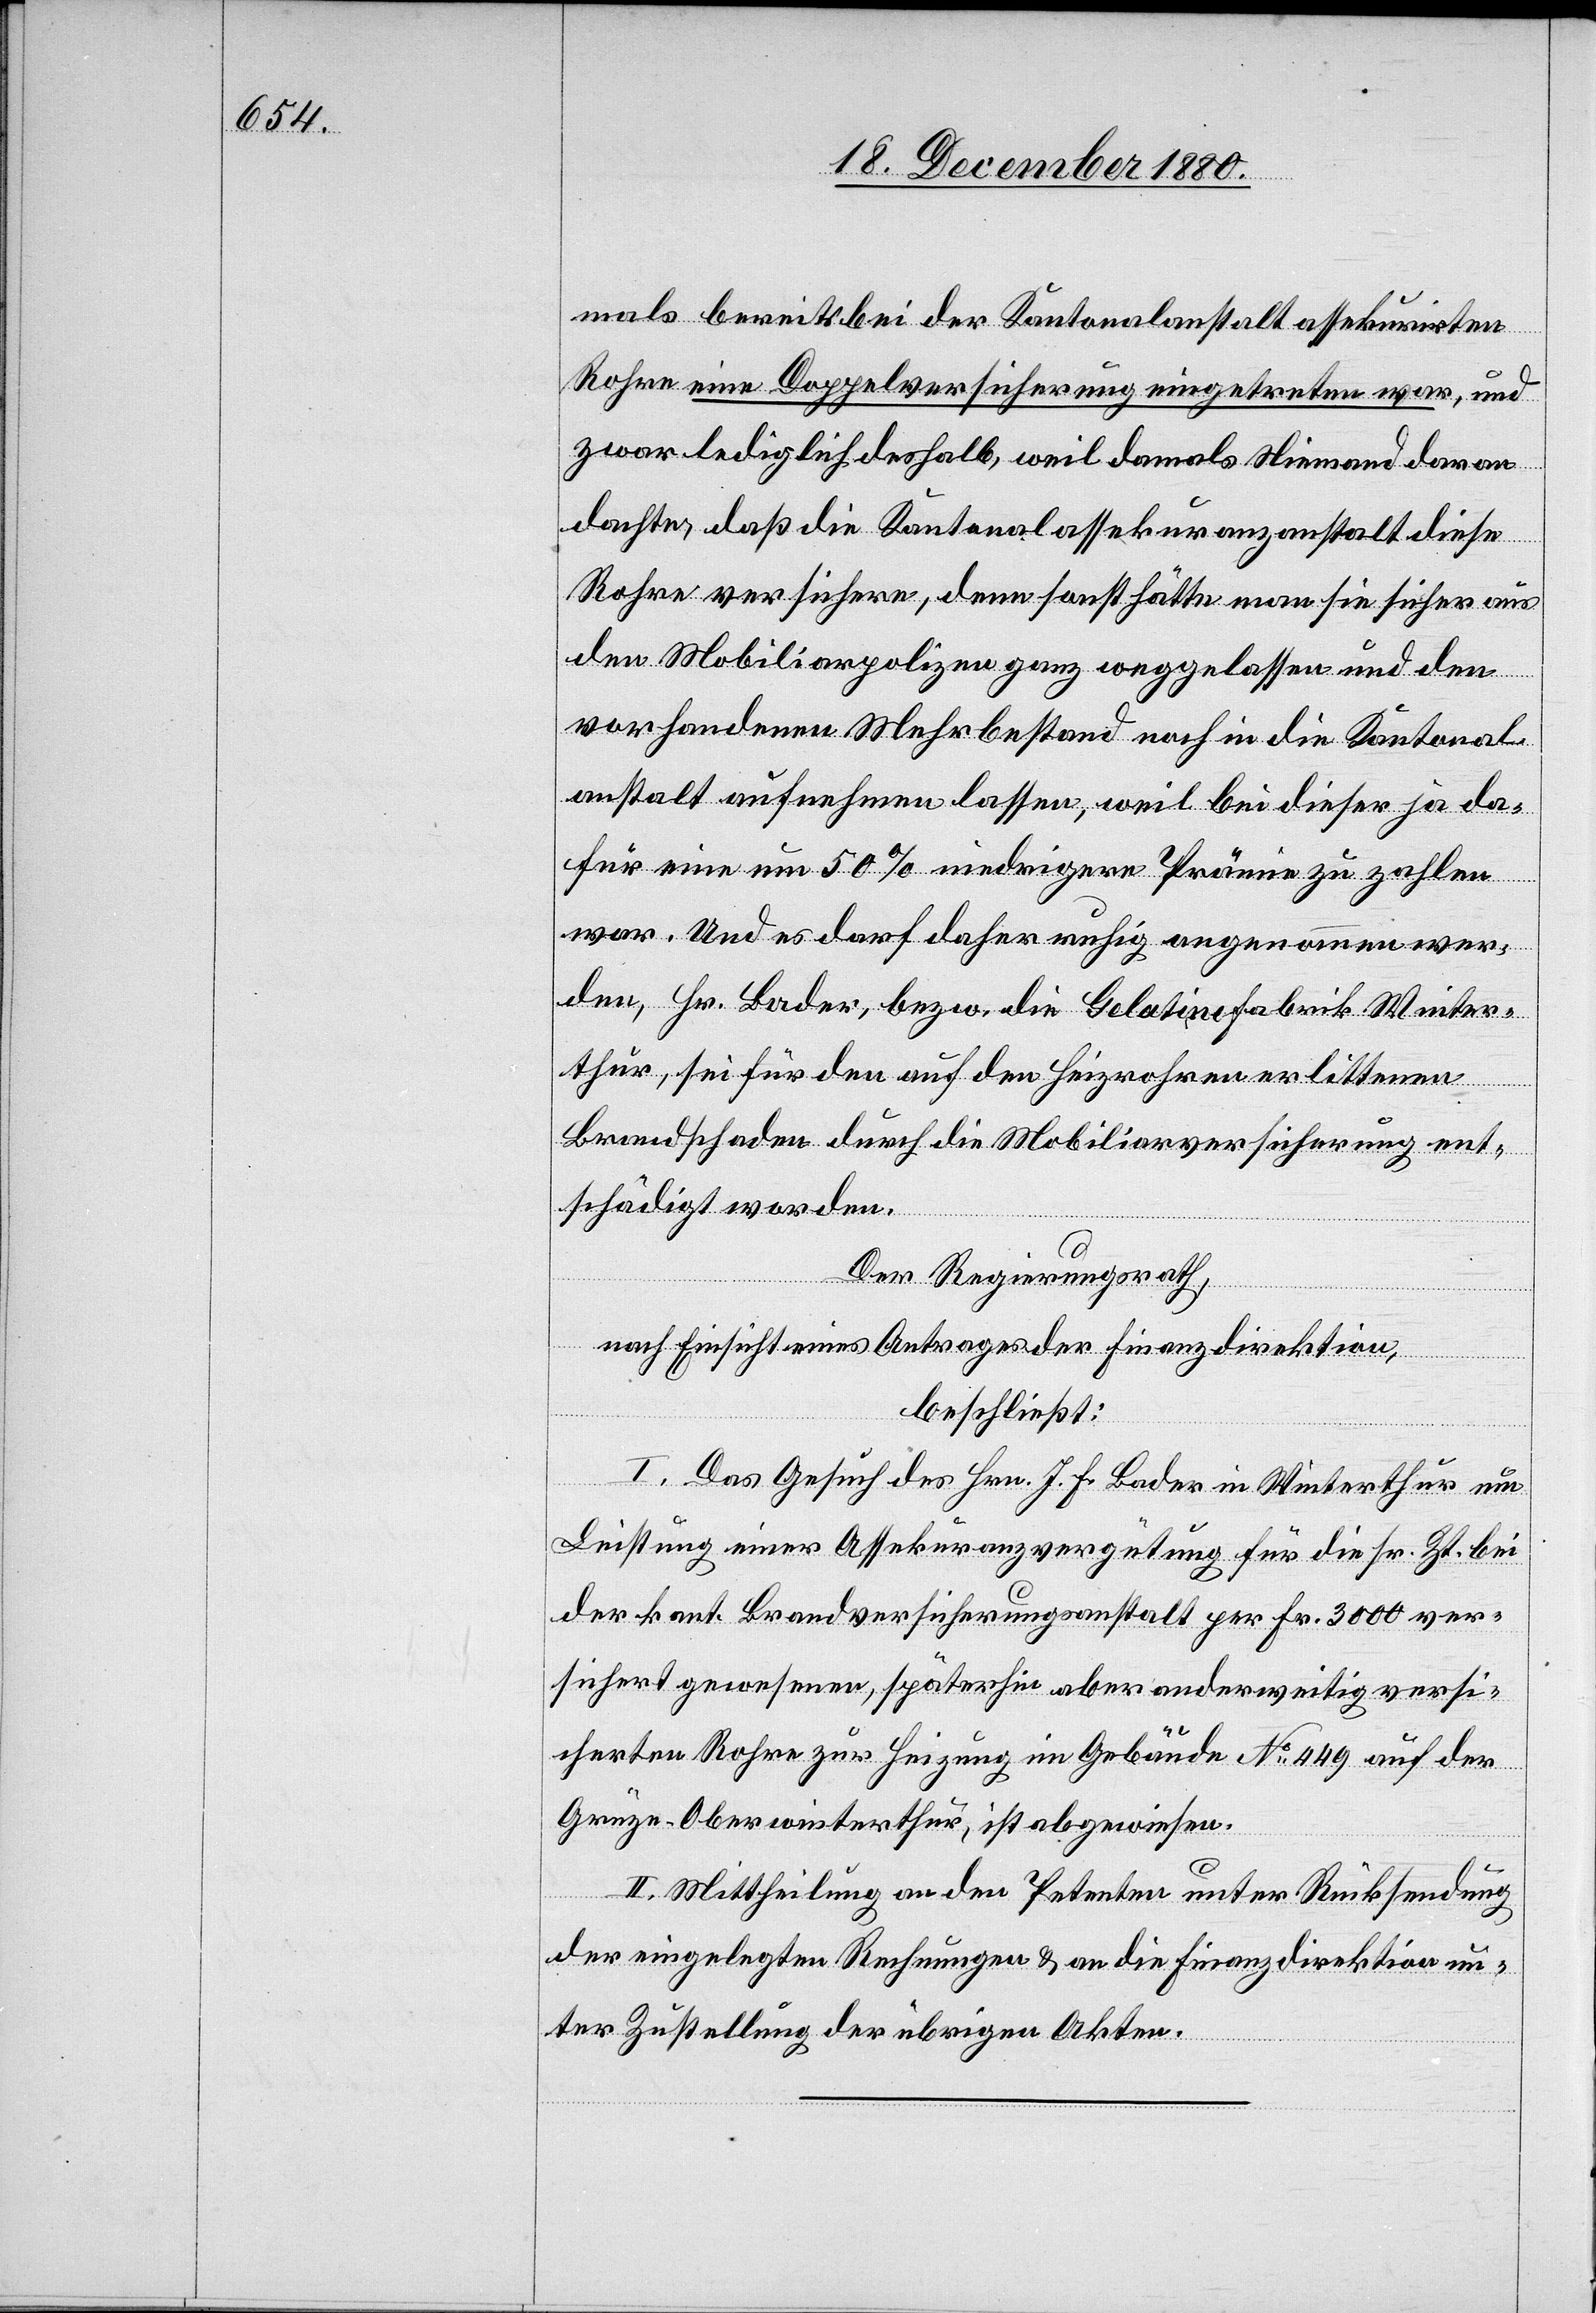
mals bereits bei der Kantonalanstalt assekurirten
Rohre eine Doppelversicherung eingetreten war, und
zwar lediglich deshalb, weil damals Niemand daran
dachte, daß die Kantonalassekuranzanstalt diese
Rohre versichere, denn sonst hätte man sie sicher aus
den Mobiliarpolizen ganz weggelassen und den
vorhandenen Mehrbestand noch in die Kantonal¬
anstalt aufnehmen lassen, weil bei dieser ja da¬
für eine um 50% niedrigere Prämie zu zahlen
war. Und es darf daher ruhig angenommen wer¬
den, Hr. Bader, bezw. die Gelatinefabrik Winter¬
thur, sei für den auf den Heizrohren erlittenen
Brandschaden durch die Mobiliarversicherung ent¬
schädigt worden.
Der Regierungsrath,
nach Einsicht eines Antrages der Finanzdirektion,
beschließt:
I. Das Gesuch des Hrn. J. F. Bader in Winterthur um
Leistung einer Assekuranzvergütung für die sr. Zt. bei
der kant. Brandversicherungsanstalt per Fr. 3000 ver¬
sichert gewesenen, späterhin aber anderweitig versi¬
cherten Rohre zur Heizung im Gebäude No 449 auf der
Grüze - Winterthur, ist abgewiesen.
II. Mittheilung an den Petenten unter Rücksendung
der eingelegten Rechnungen & an die Finanzdirektion un¬
ter Zustellung der übrigen Akten.